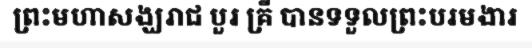
ព្រះមហាសង្ឃរាជ បួរ គ្រី បានទទួលព្រះបរមងារ